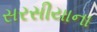
સરસીયાના